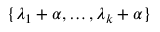
\{ \lambda _ { 1 } + \alpha , \ldots , \lambda _ { k } + \alpha \}